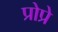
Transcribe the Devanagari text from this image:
प्रोप्रे